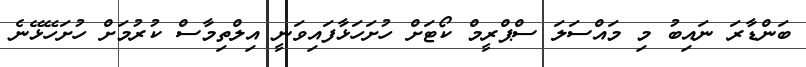
ބަންޑާރަ ނައިބު މި މައްސަލަ ސްޕްރީމް ކޯޓަށް ހުށަހަޅާފައިވަނީ އިލްތިމާސް ކުރުމަށް ހުށަހޭޅޭނެ